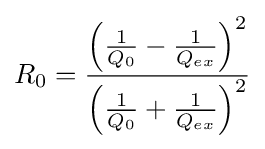
R_{0}={\frac {{\Bigl (}{\frac {1}{Q_{0}}}-{\frac {1}{Q_{ex}}}{\Bigr )}^{2}}{{\Bigl (}{\frac {1}{Q_{0}}}+{\frac {1}{Q_{ex}}}{\Bigr )}^{2}}}